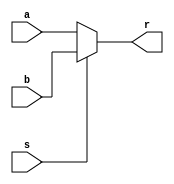
`timescale 1ns / 1ps
//////////////////////////////////////////////////////////////////////////////////
// Company: 
// Engineer: 
// 
// Design Name: 
// Module Name:    Select 
// Project Name: 
// Target Devices: 
// Tool versions: 
// Description: 
//
// Dependencies: 
//
// Revision: 
// Revision 0.01 - File Created
// Additional Comments: 
//
//////////////////////////////////////////////////////////////////////////////////
module mux2x32(
    input [31:0] a,
    input [31:0] b,
    input s,
    output [31:0] r
    );
	 
	 reg [31:0] tmp;
	 assign r = tmp;
	 
	 always @* begin
		if (s==0)
			tmp = a;
		else
			tmp = b;
	 end
	 
endmodule

module mux2x5(
    input [4:0] a,
    input [4:0] b,
    input s,
    output [4:0] r
    );
	 
	 reg [4:0] tmp;
	 assign r = tmp;
	 
	 always @* begin
		if (s==0)
			tmp = a;
		else
			tmp = b;
	 end
	 
endmodule

module mux4x32(
    input [31:0] a,
    input [31:0] b,
	 input [31:0] c,
	 input [31:0] d,
    input [1:0] s,
    output [31:0] r
    );
	 
	 reg [31:0] tmp;
	 assign r = tmp;
	 
	 always @* begin
		if (s==0)
			tmp = a;
		else if(s==1)
			tmp = b;
		else if (s==2)
			tmp = c;
		else
			tmp = d;
	 end
	 
endmodule